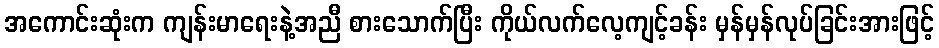
အကောင်းဆုံးက ကျန်းမာရေးနဲ့အညီ စားသောက်ပြီး ကိုယ်လက်လေ့ကျင့်ခန်း မှန်မှန်လုပ်ခြင်းအားဖြင့်